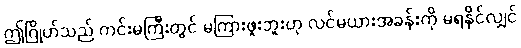
ဤဂြိုဟ်သည် ကင်းမကြီးတွင် မကြားဖူးဘူးဟု လင်မယားအခန်းကို မရနိုင်လျှင်